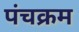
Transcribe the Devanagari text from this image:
पंचक्रम